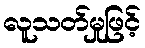
လူသတ်မှုဖြင့်